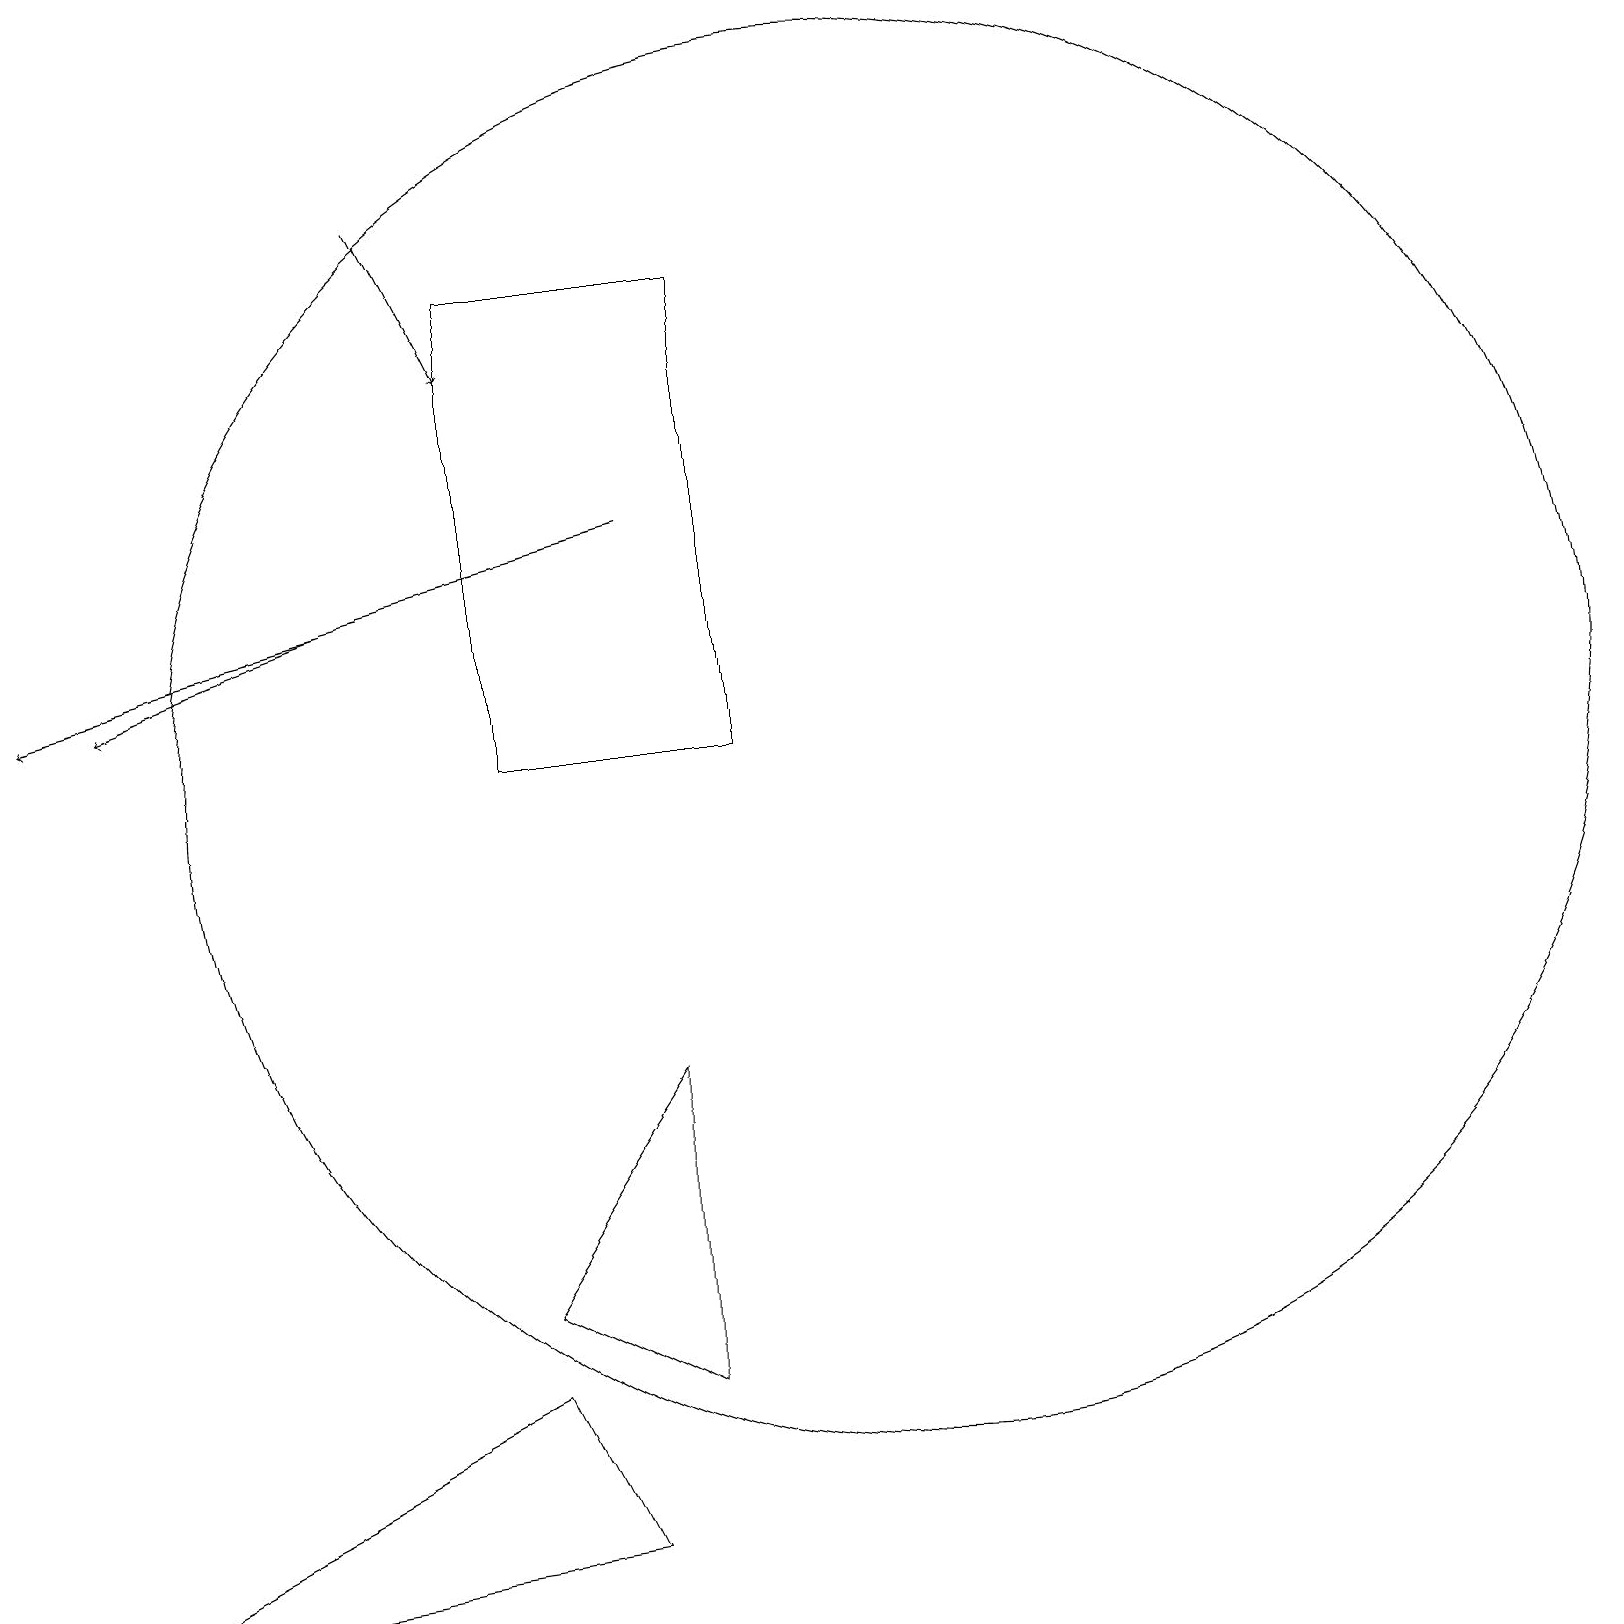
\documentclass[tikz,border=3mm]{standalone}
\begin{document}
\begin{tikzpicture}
\draw (9,18) rectangle (6,12);
\draw (6,5) -- (8,8) -- (8,4) -- cycle;
\draw[->] (5,19) -- (6,17);
\draw (11,12) circle (9);
\draw (7,2) -- (0,1) -- (6,4) -- cycle;
\draw[->] (8,15) -- (0,13);
\draw[->] (4,14) -- (1,13);
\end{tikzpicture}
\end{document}